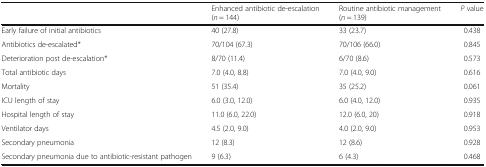
<table><thead><tr><td></td><td><b>Enhanced antibiotic de-escalation(<i>n</i> = 144)</b></td><td><b>Routine antibiotic management(<i>n</i> = 139)</b></td><td><b><i>P</i> value</b></td></tr></thead><tbody><tr><td>Early failure of initial antibiotics</td><td>40 (27.8)</td><td>33 (23.7)</td><td>0.438</td></tr><tr><td>Antibiotics de-escalated*</td><td>70/104 (67.3)</td><td>70/106 (66.0)</td><td>0.845</td></tr><tr><td>Deterioration post de-escalation*</td><td>8/70 (11.4)</td><td>6/70 (8.6)</td><td>0.573</td></tr><tr><td>Total antibiotic days</td><td>7.0 (4.0, 8.8)</td><td>7.0 (4.0, 9.0)</td><td>0.616</td></tr><tr><td>Mortality</td><td>51 (35.4)</td><td>35 (25.2)</td><td>0.061</td></tr><tr><td>ICU length of stay</td><td>6.0 (3.0, 12.0)</td><td>6.0 (4.0, 12.0)</td><td>0.935</td></tr><tr><td>Hospital length of stay</td><td>11.0 (6.0, 22.0)</td><td>12.0 (6.0, 20)</td><td>0.918</td></tr><tr><td>Ventilator days</td><td>4.5 (2.0, 9.0)</td><td>4.0 (2.0, 9.0)</td><td>0.953</td></tr><tr><td>Secondary pneumonia</td><td>12 (8.3)</td><td>12 (8.6)</td><td>0.928</td></tr><tr><td>Secondary pneumonia due to antibiotic-resistant pathogen</td><td>9 (6.3)</td><td>6 (4.3)</td><td>0.468</td></tr></tbody></table>